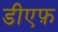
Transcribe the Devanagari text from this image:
डीएफ़